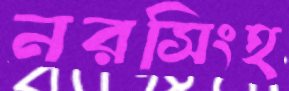
নরসিংহ